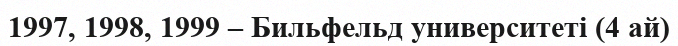
1997, 1998, 1999 – Бильфельд университеті (4 ай)